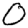
Digit: 0